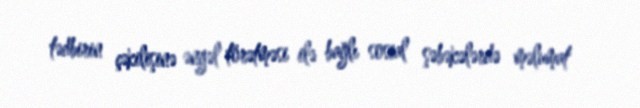
tədbirin çəkilişinə əngəl törətməsi ilə bağlı sosial şəbəkələrdə məlumat